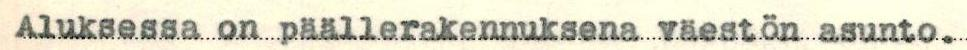
Aluksessa on päällerakennuksena väestön asunto.